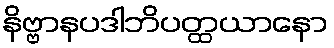
နိဗ္ဗာနပဒါဘိပတ္ထယာနော